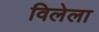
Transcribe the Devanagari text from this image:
विलेला